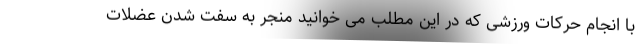
با انجام حرکات ورزشی که در این مطلب می خوانید منجر به سفت شدن عضلات